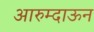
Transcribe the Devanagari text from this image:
आरुम्दाऊन